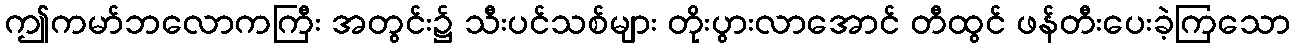
ဤကမာ်ဘလောကကြီး အတွင်း၌ သီးပင်သစ်များ တိုးပွားလာအောင် တီထွင် ဖန်တီးပေးခဲ့ကြသော